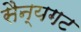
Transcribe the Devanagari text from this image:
सैन्यगट